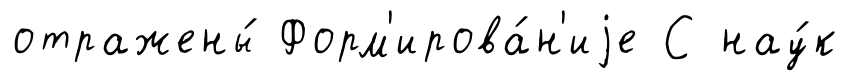
отражены́ Форм'ирова́н'иjе С нау́к